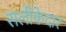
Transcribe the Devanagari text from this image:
सलीकेदार